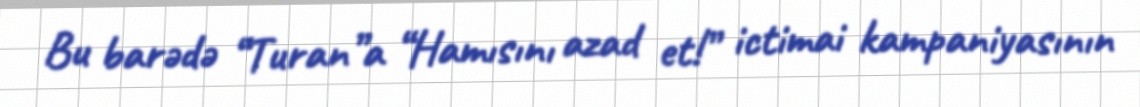
Bu barədə “Turan”a “Hamısını azad et!” ictimai kampaniyasının